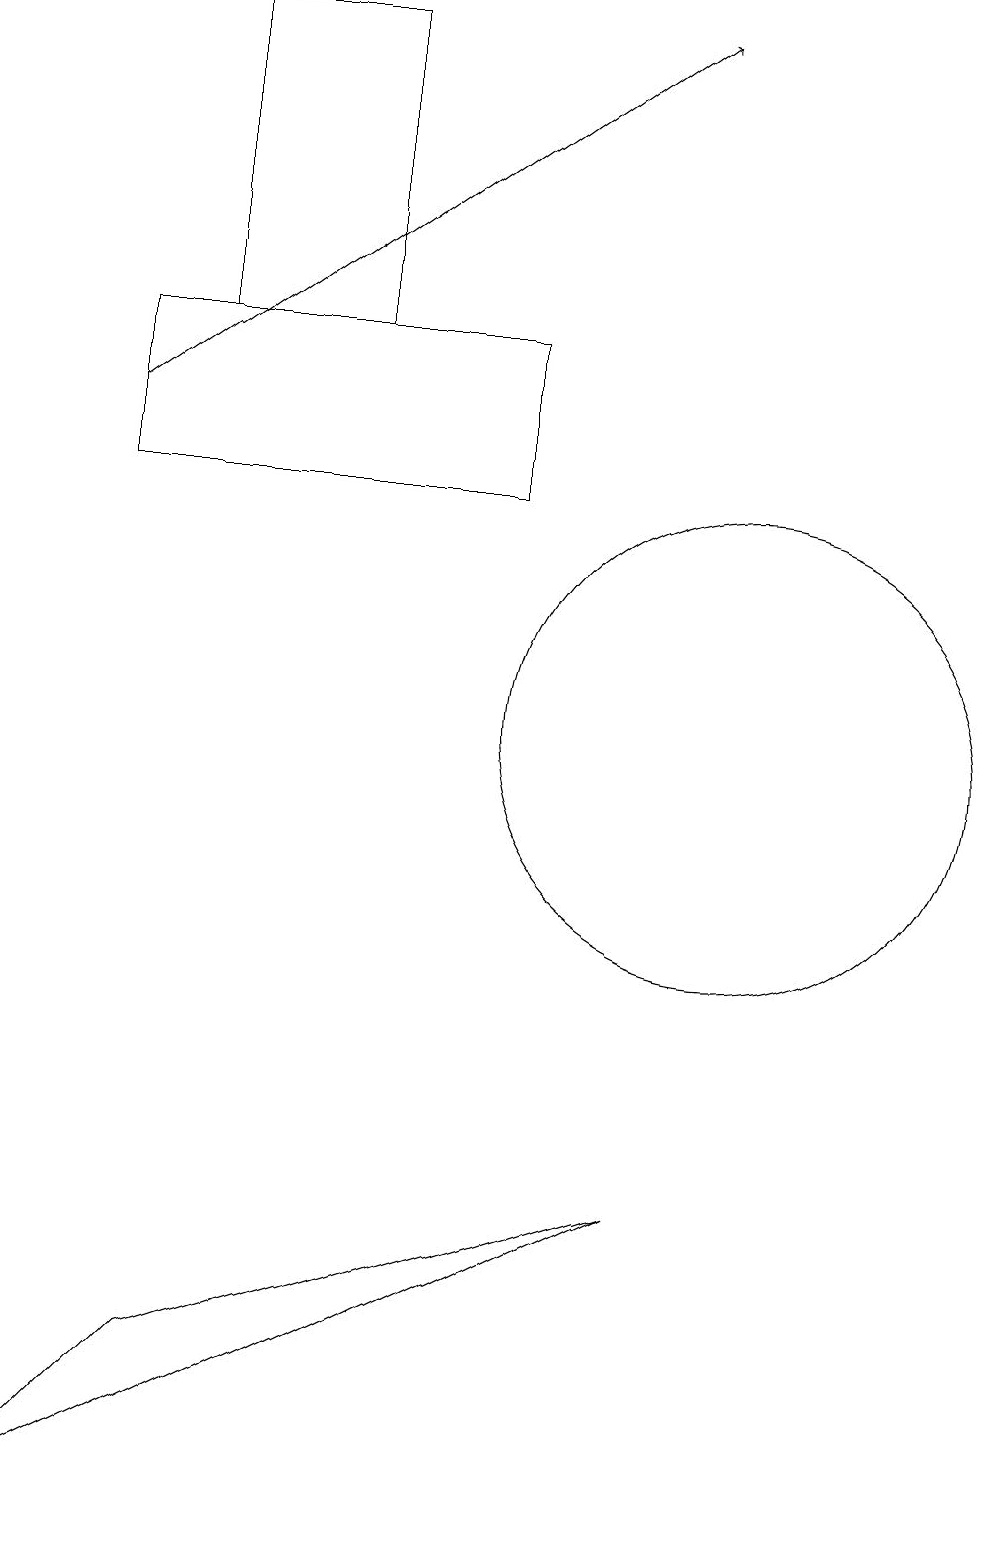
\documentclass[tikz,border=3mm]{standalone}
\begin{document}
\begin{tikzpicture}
\draw (3,19) rectangle (5,15);
\draw[->] (2,14) -- (9,19);
\draw (1,0) -- (9,4) -- (3,2) -- cycle;
\draw (10,10) circle (3);
\draw (2,13) rectangle (7,15);
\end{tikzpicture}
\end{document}